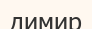
димир